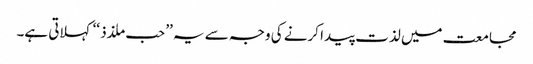
مجامعت میں لذت پیدا کرنے کی وجہ سے یہ ’’حب ملذذ ‘‘کہلاتی ہے۔